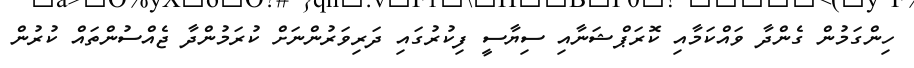
ހިންގަމުން ގެންދާ ވައްކަމާއި ކޮރަޕްޝަނާއި ސިޔާސީ ފިކުރުގައި ދަރިވަރުންނަށް ކުރަމުންދާ ޖެއްސުންތައް ކުރުން